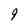
Character: 9